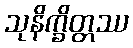
သုနိက္ခိတ္တဿ